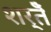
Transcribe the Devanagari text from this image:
शर्तेँ